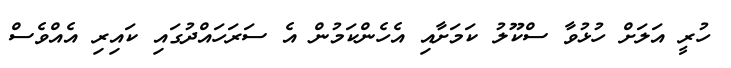
ހުރީ އަލަށް ހުޅުވާ ސްކޫލު ކަމަށާއި އެހެންކަމުން އެ ސަރަހައްދުގައި ކައިރި އެއްވެސް